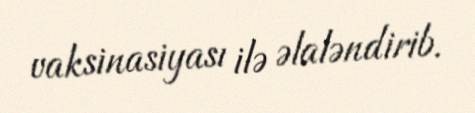
vaksinasiyası ilə əlaləndirib.